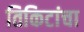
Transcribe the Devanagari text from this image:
तिकिटांचा